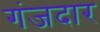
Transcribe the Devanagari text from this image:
गंजदार